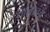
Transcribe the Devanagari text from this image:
तालातच